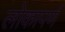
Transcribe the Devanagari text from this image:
लोकापर्ण